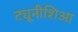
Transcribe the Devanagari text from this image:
ट्यूनीशिआ